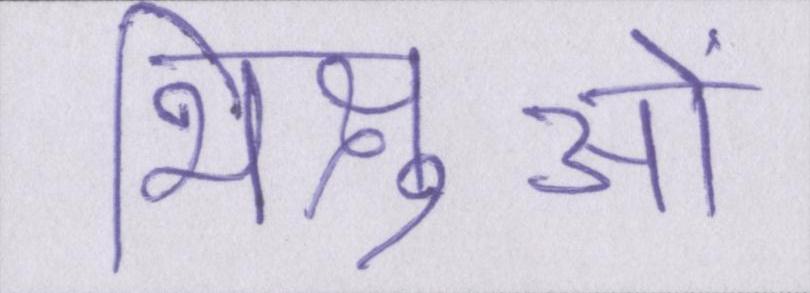
भिक्षुओं